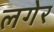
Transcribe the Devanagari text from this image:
लगेर